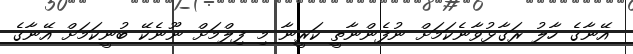
އޭނާގެ ހާލު ރަގާޅުވާނެކަމަށް ނުފެންނާތީ ކަރީނާ މި ފިލްމަށް ނޫނެކޭ ބުނީކަމަށް އޭނާގެ